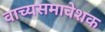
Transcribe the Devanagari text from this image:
वाच्यसमावेशक